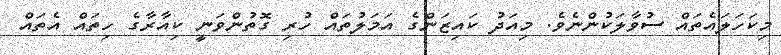
މިކަހަލައެތައް ސުވާލަކުންނެވެ. މިއަދު ކައިޒަންގެ އަމަލުތައް ހުރި ގޮތުންވަނީ ކިއާރާގެ ހިތައް އެތައް